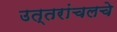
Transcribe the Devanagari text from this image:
उत्तरांचलचे